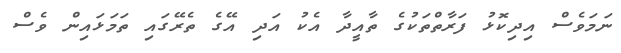
ނަމަވެސް އިދިކޮޅު ފަރާތްތަކުގެ ތާއީދާ އެކު އަދި އޭގެ ތެރޭގައި ތަމަޅައިން ވެސް